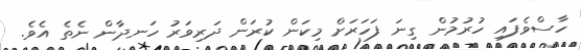
ހާސްވެފައި ހުރުމުން ގިނަ ފަހަރަށް މިކަން ކުރަން ދަރިވަރު ހަނދާން ނެތެ އެވެ.